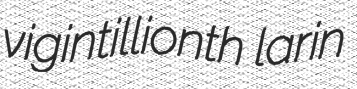
vigintillionth larin